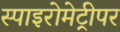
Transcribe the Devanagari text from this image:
स्पाइरोमेट्रीपर